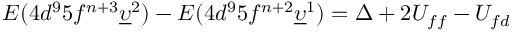
E ( 4 d ^ { 9 } 5 f ^ { n + 3 } \underline { { \upsilon } } ^ { 2 } ) - E ( 4 d ^ { 9 } 5 f ^ { n + 2 } \underline { { \upsilon } } ^ { 1 } ) = \Delta + 2 U _ { f f } - U _ { f d }